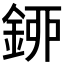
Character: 𨦰